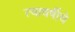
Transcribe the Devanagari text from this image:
त्यावर्षीचे